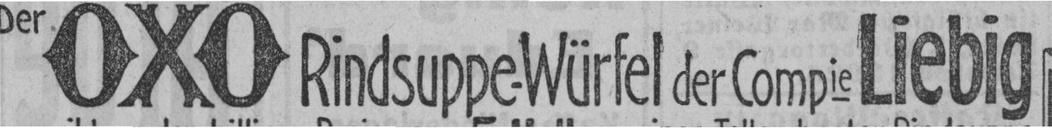
Der OXO Rindsuppe-Würfel der Compie Liebig